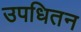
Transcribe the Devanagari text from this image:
उपधितन